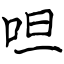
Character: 呾